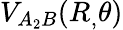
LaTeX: V_{A_{2}B}(R_{,}\theta)